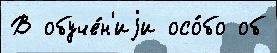
В обуче́н'иjи осо́бо об